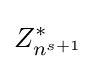
Z_{n^{s+1}}^{*}